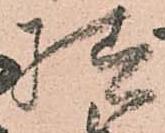
様